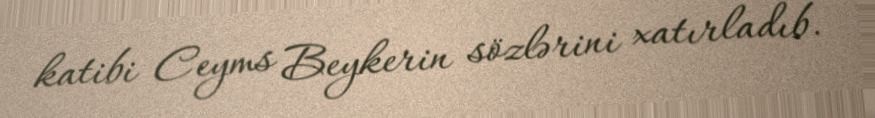
katibi Ceyms Beykerin sözlərini xatırladıb.